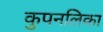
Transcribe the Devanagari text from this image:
कुपनलिका